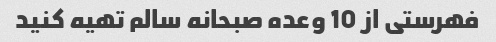
فهرستی از 10 وعده صبحانه سالم تهیه کنید